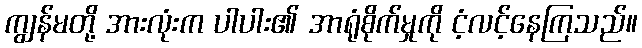
ကျွန်မတို့ အားလုံးက ပါပါး၏ အာရုံစိုက်မှုကို ငံ့လင့်နေကြသည်။